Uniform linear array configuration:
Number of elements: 16
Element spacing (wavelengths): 0.5
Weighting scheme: uniform
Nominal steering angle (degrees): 60
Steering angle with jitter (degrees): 61.928
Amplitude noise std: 0.05
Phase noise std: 0.05

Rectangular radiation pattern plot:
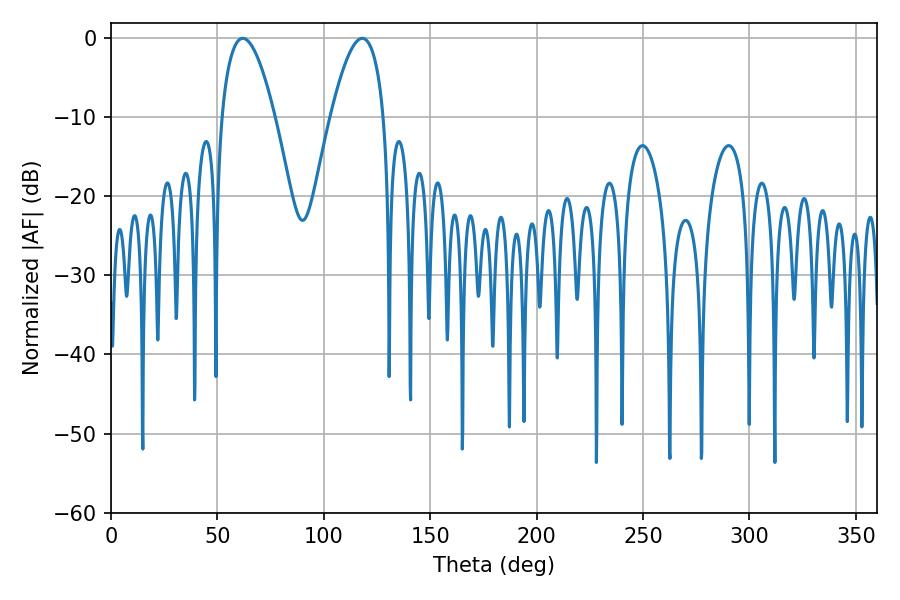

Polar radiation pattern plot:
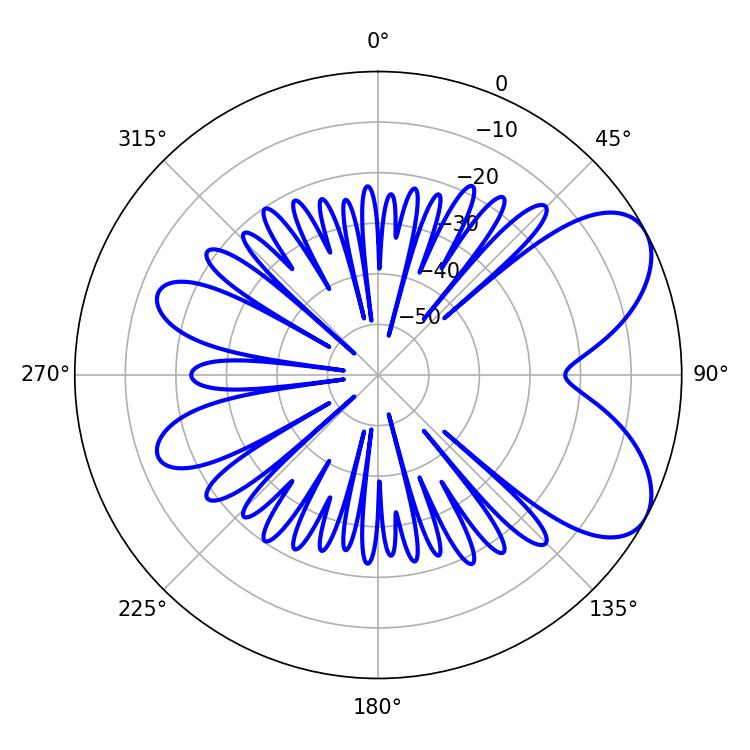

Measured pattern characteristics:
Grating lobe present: FALSE
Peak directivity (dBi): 6.508
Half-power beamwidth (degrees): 13.86
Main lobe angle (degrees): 61.92